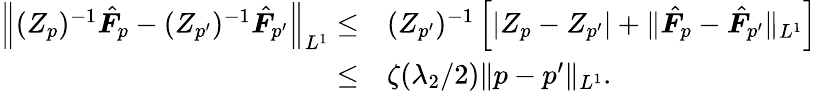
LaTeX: \begin{array}{rl}{\left\| (Z_{p})^{-1}\hat{\boldsymbol{F}}_{p}-(Z_{p^{\prime}})^{-1}\hat{\boldsymbol{F}}_{p^{\prime}}\right\| _{L^{1}}\leq}&{(Z_{p^{\prime}})^{-1}\left[|Z_{p}-Z_{p^{\prime}}|+\| \hat{\boldsymbol{F}}_{p}-\hat{\boldsymbol{F}}_{p^{\prime}}\| _{L^{1}}\right]}\\ {\leq}&{\zeta(\lambda_{2}/2)\| p-p^{\prime}\| _{L^{1}}.}\end{array}